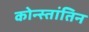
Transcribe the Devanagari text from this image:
कोन्स्तांतिन